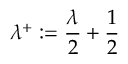
\lambda ^ { + } : = \frac { \lambda } { 2 } + \frac { 1 } { 2 }